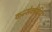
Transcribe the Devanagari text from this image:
कन्सेक्यटिव